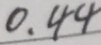
0 . 4 4